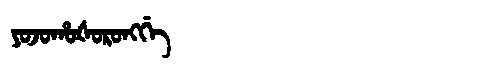
Manchu: ᠶᠣᠵᠣᡥᠣᡧᠣᡵᠣᠩᡤᡝ
Romanization: YOJOHOŠORONGGE